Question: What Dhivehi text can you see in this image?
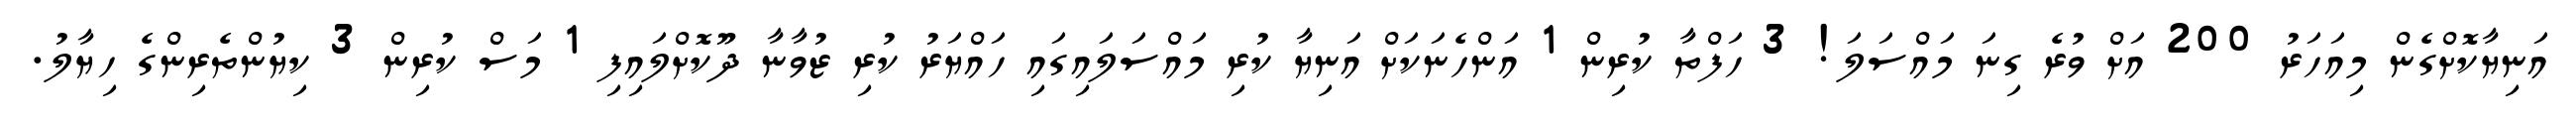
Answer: އަނިޔާކޮށްގެން މިއަހަރު 200 އަށް ވުރެ ގިނަ މައްސަލަ! 3 ހަފްތާ ކުރިން 1 އަންހެނަކަށް އަނިޔާ ކުރި މައްސަލައިގައި ހައްޔަރު ކުރި ޒުވާނާ ދޫކޮށްލައިފި 1 މަސް ކުރިން 3 ކިޔުންތެރިންގެ ހިޔާލު.